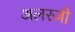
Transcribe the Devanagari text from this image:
अलरजी